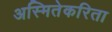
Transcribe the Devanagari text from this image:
अस्मितेकरिता